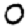
Digit: 0